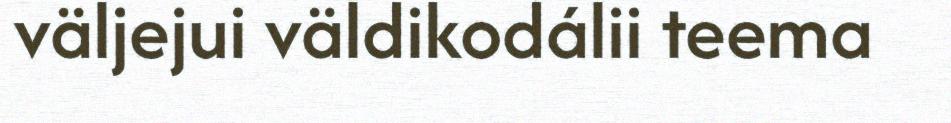
väljejui väldikodálii teema